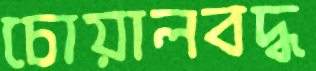
চোয়ালবদ্ধ